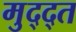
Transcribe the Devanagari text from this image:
मुद्द्त